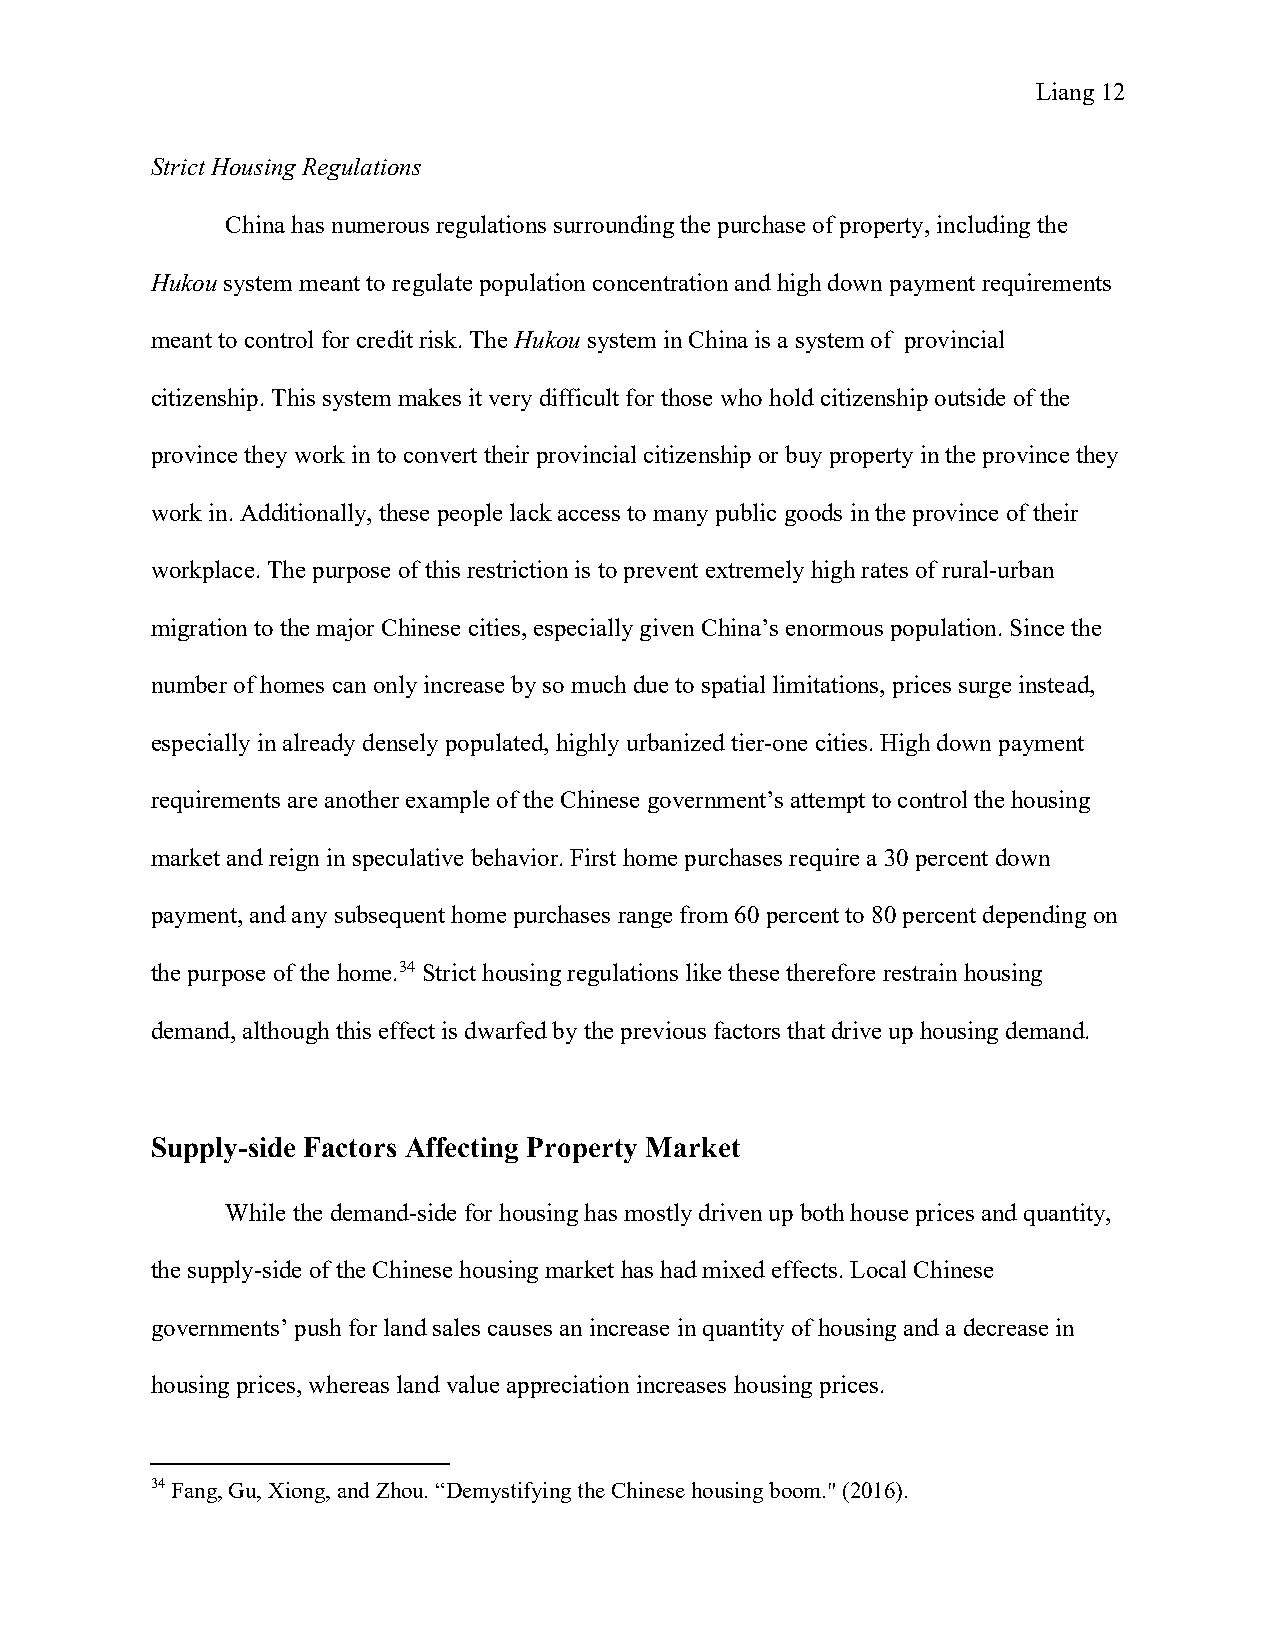
Liang 12
 Strict Housing Regulations
 China has numerous regulations surrounding the purchase of property, including the
 Hukou system meant to regulate population concentration and high down payment requirements
 meant to control for credit risk. The Hukou system in China is a system of provincial
 citizenship. This system makes it very difficult for those who hold citizenship outside of the
 province they work in to convert their provincial citizenship or buy property in the province they
 work in. Additionally, these people lack access to many public goods in the province of their
 workplace. The purpose of this restriction is to prevent extremely high rates of rural-urban
 migration to the major Chinese cities, especially given China’s enormous population. Since the
 number of homes can only increase by so much due to spatial limitations, prices surge instead,
 especially in already densely populated, highly urbanized tier-one cities. High down payment
 requirements are another example of the Chinese government’s attempt to control the housing
 market and reign in speculative behavior. First home purchases require a 30 percent down
 payment, and any subsequent home purchases range from 60 percent to 80 percent depending on
 the purpose of the home.34 Strict housing regulations like these therefore restrain housing
 demand, although this effect is dwarfed by the previous factors that drive up housing demand.
 Supply-side Factors Affecting Property Market
 While the demand-side for housing has mostly driven up both house prices and quantity,
 the supply-side of the Chinese housing market has had mixed effects. Local Chinese
 governments’ push for land sales causes an increase in quantity of housing and a decrease in
 housing prices, whereas land value appreciation increases housing prices.
 34 Fang, Gu, Xiong, and Zhou. “Demystifying the Chinese housing boom." (2016).